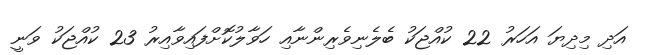
އަދި މިދިޔަ އަހަރު 22 ކުއްޖަކު ބެލެނިވެރިންނާއި ހަވާލުކޮށްފައިވާއިރު 23 ކުއްޖަކު ވަނީ